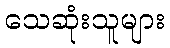
သေဆုံးသူများ